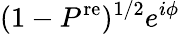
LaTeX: (1-P^{\mathrm{re}})^{1/2}e^{i\phi}